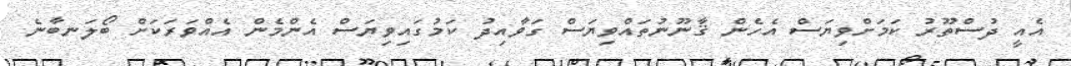
އެއީ ދުސްތޫރު ކަމަށްވިޔަސް އެހެން ޤާނޫނުތައްވިޔަސް ގަވާއިދު ކަމުގައިވިޔަސް އެންމެން އެއްވަރަކަށް ބޯލަނބާނެ